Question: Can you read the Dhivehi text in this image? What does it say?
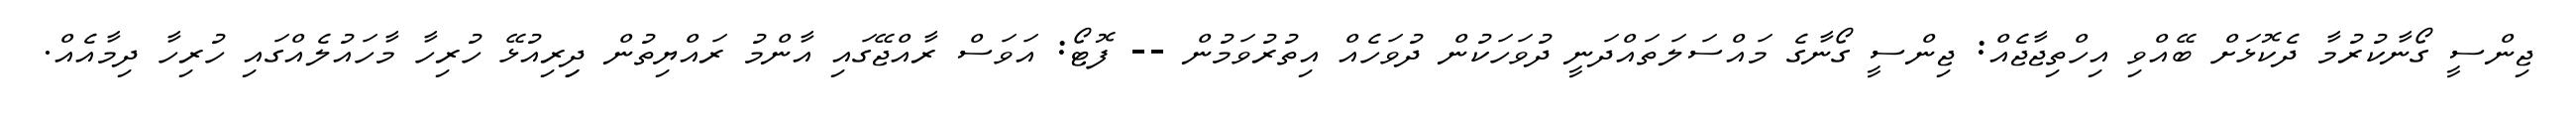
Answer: ޖިންސީ ގޯނާކުރުމާ ދެކޮޅަށް ބޭއްވި އިހްތިޖާޖެއް: ޖިންސީ ގޯނާގެ މައްސަލަތައްދަނީ ދުވަހަކުން ދުވަހެއް އިތުރުވަމުން -- ފޮޓޯ: އަވަސް ރާއްޖޭގައި އާންމު ރައްޔިތުން ދިިރިއުޅޭ ހުރިހާ މާހައުލެއްގައި ހުރިހާ ދިމާއެއް.